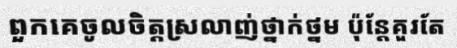
ពួកគេចូលចិត្តស្រលាញ់ថ្នាក់ថ្នម ប៉ុន្តែគួរតែ